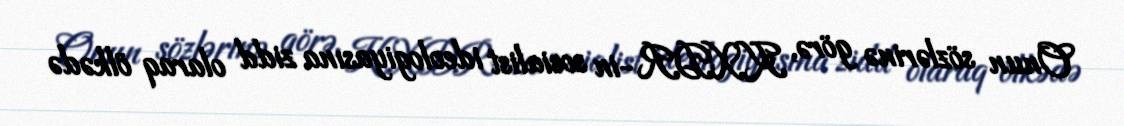
Onun sözlərinə görə, KXDR-in sosialist ideologiyasına zidd olaraq ölkədə